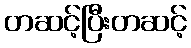
တဆင့်ပြီးတဆင့်